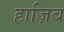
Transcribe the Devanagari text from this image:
हाज़िब